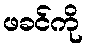
ဖခင်ကို